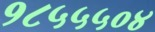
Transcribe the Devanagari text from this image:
१८५५५०४